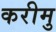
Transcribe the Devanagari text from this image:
करीमु